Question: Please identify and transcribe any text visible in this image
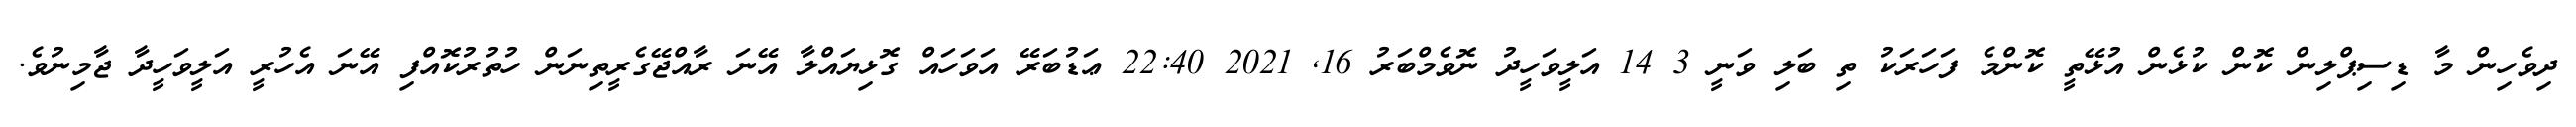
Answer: ދިވެހިން މާ ޑިސިޕްލިން ކޮން ކުޅެން އުޅޭތީ ކޮންމެ ފަހަރަކު ތި ބަލި ވަނީ 3 14 އަލީވަހީދު ނޮވެމްބަރު 16, 2021 22:40 ޢަޑުބަރޭ އަވަހައް ގޮޅިޔައްލާ އޭނަ ރާއްޖޭގެރީތިނަން ހުތުރުކޮއްފި އޭނަ އެހުރީ އަލީވަހީދާ ޖާމިނުވެ.